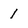
Character: 1